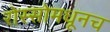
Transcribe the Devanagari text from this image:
रोस्सोमधूनच